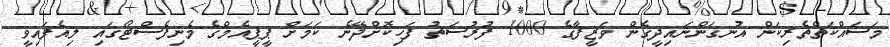
މަސައްކަތްތެރިކަން އުނގަންނައިދީގެން ވަޒީފާގެ 1000 ފުރުސަތު ފަހިކޮށްދޭނެ ކަމަށް ޕީޕީއެމްގެ މެނިފެސްޓޯގައި ލިއެފައިވީ